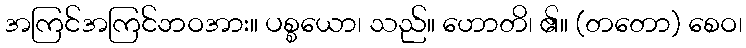
အကြင်အကြင်ဘဝအား။ ပစ္စယော၊ သည်။ ဟောတိ၊ ၏။ (တတော) စေဝ၊